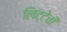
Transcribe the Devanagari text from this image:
लिट्टेची